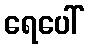
ရေပေါ်